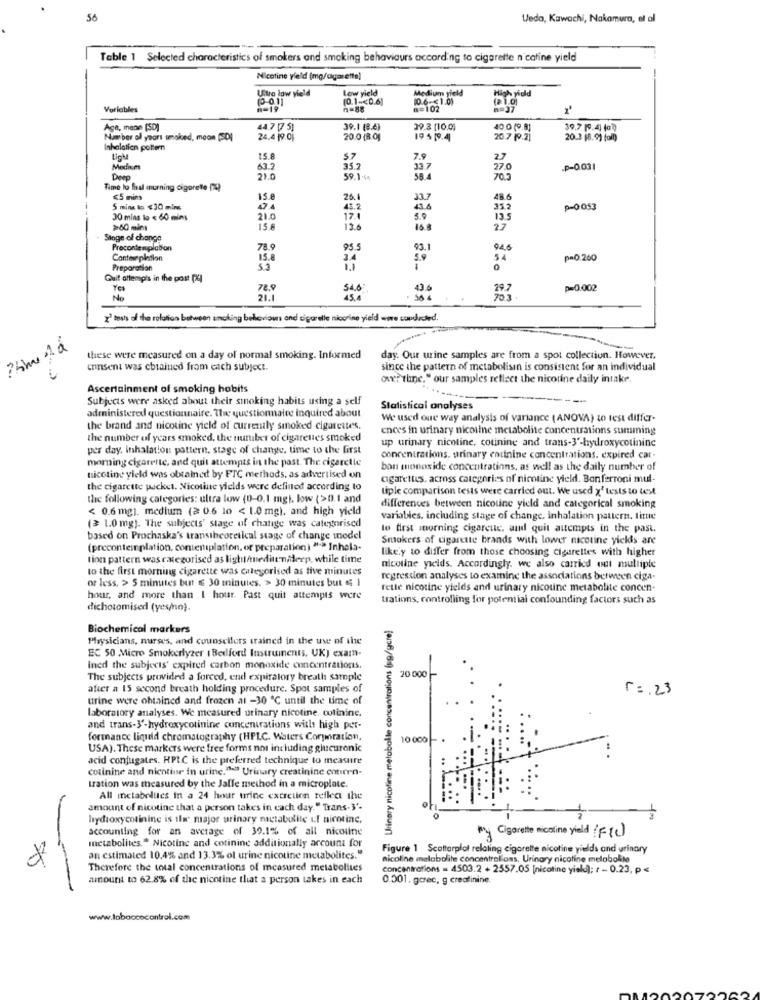
56
Vedo, Kawachi, Nakamura, et al
Table 1 Selected characteristics of smokers and smoking behaviours according to cigarette n'catine yield
Nicotine yield (mg/agarette)
Ultra low yield
Low yield
(0-0.11
[0.1 -< 0.6]
10.6-31.01
Medium yield
Variables
n=88
n=102
Age, menin (SD)
39.1 (8.6)
39.3 [10.0)
40.0 (9.8]
39.7 [9.4) (o))
Number of years wnoked, moon (SD)
24.4 19.01
20.0 (B.O]
195 19.4
20.7 19.2)
20.3 (8.9) foll)
Inhalation pattern
15.8
$7
7.9
Mediums
63.2
35.2
33.7
27.0
.p-0.031
Deep
21.0
59.1.44
58.4
Time lo faul murning cigorete PQ
<5 min
15.8
26.4
33.7
48.6
5 mins to $30 mins
43.2
43.6
35.2
p-0 053
30 mins to < 60 mins
21.0
17.1
5.9
13.5
>60 mins
15.8
13.6
15.8
2.7
Stage of change
Precontemplabon
78.9
95.5
93.1
94.6
Contemplation
15.8
34
5.9
54
p=0.260
Preparation
0
Quit oftempis in the post [4]
78.9
54.6
43.6
297
p=0.002
21.1
45.4
54 4
z' tests of the relation between smoking bellaviaus and cigarelle nicorine yield wore soudadded.
these were measured on a day of normal smoking. Informed
day. Our urine samples are from a spot collection. However,
consent was chtained from each subject.
since the pattern of metabolisin is consistent for an individual
ow; thnc." our samples reflect the nicotine daily intake.
Ascertainment of smoking habits
Subjects were asked about their smoking habits using a self
Statistical analyses
administered questionnaire. The questionnaire inquired about
W used oue way analysis of variance ( ANOVA) to test differ-
the brand and nicotine yield of currently smoked cigarettes,
ences in urinary nicoline metabolite concentrations summing
the number of years smoked, the number of cigarettes smoked
up urinary nicotine, cotining and trans-3'-hydroxycotininc
per day. inhalation pattern, stage of change, time to the first
morning cigarette, and quit attempts in the post. The cigaretle
concentrations, urinary catinine concentrations. expired car-
bon monoside concentrations, as well as the daily number of
nicotine yield was obtained by FTC methods, as advertised on
agarettes, across categories of nicotine yield. Bonferroni mul-
the cigarette packet. Nicotine yields were defined according to
tiple comparison tests were carried out. We used x' tests to test
the following categories: ultra low (0-0.1 mg), low (>0.1 and
< 0.6 mg). medium (2 0.6 10 < 1.0 mg), and high yield
differences between nicotine yield and categorical smoking
(3 1.0 mg). The subjects' stage of change was categorised
variables, including stage of change. inhalation pattern. time
to first morning cigarcuc, and quit aucmpts in the past.
based on Prochaska's transtheoretical stage of change medel
Smokers of cigarette brands with lower nicotine yicks are
(precontemplation, contentplation, or preparation) "> Inhela-
likely to differ from those choosing cigarettes with higher
tion pattern was categorised as light/medienadeep, while time
to the first morning cigarette was categorised as tive minutes
nicotine yields. Accordingly. we also carried out multiple
or less. > 5 minutes but € 30 minutes. > 30 minutes but 5 1
regression analyses to examine the associations between ciga-
rette nicotine yields and urinary nicotine metabolite concen-
hour, and more than I hour. Past quit attempts were
trations, controlling for potential confounding factors such as
dichotomised (yes/no).
Urinary nicotine metabolle concentrations (sg/gcre]
Biochemical markers
Playsicians, nurses, and counselors trained in the use of the
EC 50 Micro Smokerlyzer (Bedford Instruments, UK) exam-
Incd the subjects' expired carbon monoxide concentrations.
20 000 -
The subjects provided a forced, end expiratory breath sample
after a 15 second breath holding procedure. Spot samples of
r= 23
urine were obtained and frozen at -30 ℃ until the time of
laboratory analyses. We measured urinary nicotine. colinine.
and trans-3'-hydroxycotinine concentrations with high per-
formance liquid chromatography (HPLC. Waters Corporation,
10 000 -
USA). These markers were free forms not including glucurenic
acid conjugates. HPLC is the preferred technique to measure
colinine and nicotine in urine."-" Urinary creatinine conern-
tration was measured by the Jalle method in a microplate.
All inctabolties in a 24 hour urine excretion reflect the
amount of nicotine that a person takes in each day." Trans-3'-
of
hydroxycosinine is the major urinary metabolile uf nicotine,
accounting for an average of 39.1% of all nicotine
my Cigarette nicotine yield (Ftc)
metabolites." Nicotine and cotinine additionally account for
Figure 1 Scottarplol relating cigarette nicotine yields and urinary
an estimated 10,4% and 13.3% ol urine nicotine metabolites.
nicoline malabolite concentralloss, Urinary nicotine melabokto
Therefore the total concentrations of measured metabolites
concentrations = 4503.2 + 2557.05 [nicotine yield); r - 0.23, p <
amount to 62.8% of the nicotine that a person takes in each
0.001. gorec, g creatinine.
www.loboccocontrol.com